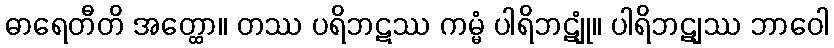
ဓာရေတီတိ အတ္ထော။ တဿ ပရိဘဋဿ ကမ္မံ ပါရိဘဋျုံ။ ပါရိဘဋျဿ ဘာဝေါ